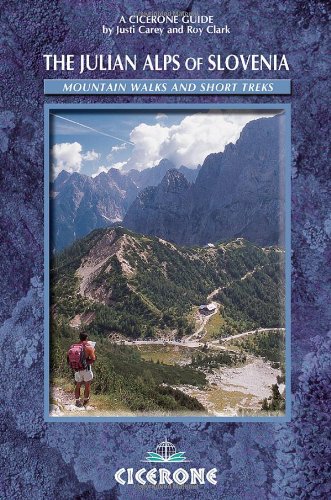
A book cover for The Julian Alps of Slovenia: Mountain Walks and Short Treks (Cicerone Guides); Justi Carey; Travel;